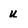
Character: u